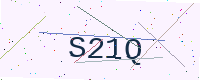
Text: S21Q